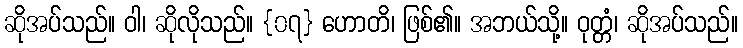
ဆိုအပ်သည်။ ဝါ၊ ဆိုလိုသည်။ {၀၇} ဟောတိ၊ ဖြစ်၏။ အဘယ်သို့။ ဝုတ္တံ၊ ဆိုအပ်သည်။